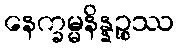
နေက္ခမ္မနိန္နဉ္စဿ